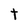
Character: t